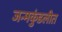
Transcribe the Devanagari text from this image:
जन्मकुंडलीत